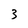
Character: 3